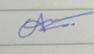
Signature authenticity: forged